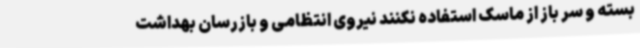
بسته و سر باز از ماسک استفاده نکنند نیروی انتظامی و بازرسان بهداشت